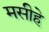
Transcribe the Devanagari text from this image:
मसीहे